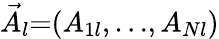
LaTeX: \vec{A}_{l}{=}(A_{1l},{\ldots},A_{Nl})